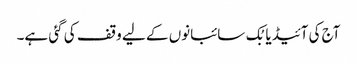
آج کی آئیڈیا بُک سائبانوں کے لیے وقف کی گئی ہے۔